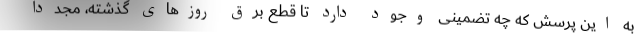
به این پرسش که چه تضمینی وجود دارد تا قطع برق روزهای گذشته، مجدداً